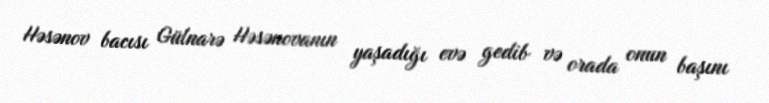
Həsənov bacısı Gülnarə Həsənovanın yaşadığı evə gedib və orada onun başını